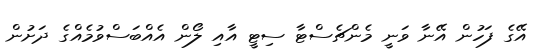
އޭގެ ފަހުން އޭނާ ވަނީ މެންޗެސްޓާ ސިޓީ އާއި ލޯން އެއްބަސްވުމެއްގެ ދަށުން